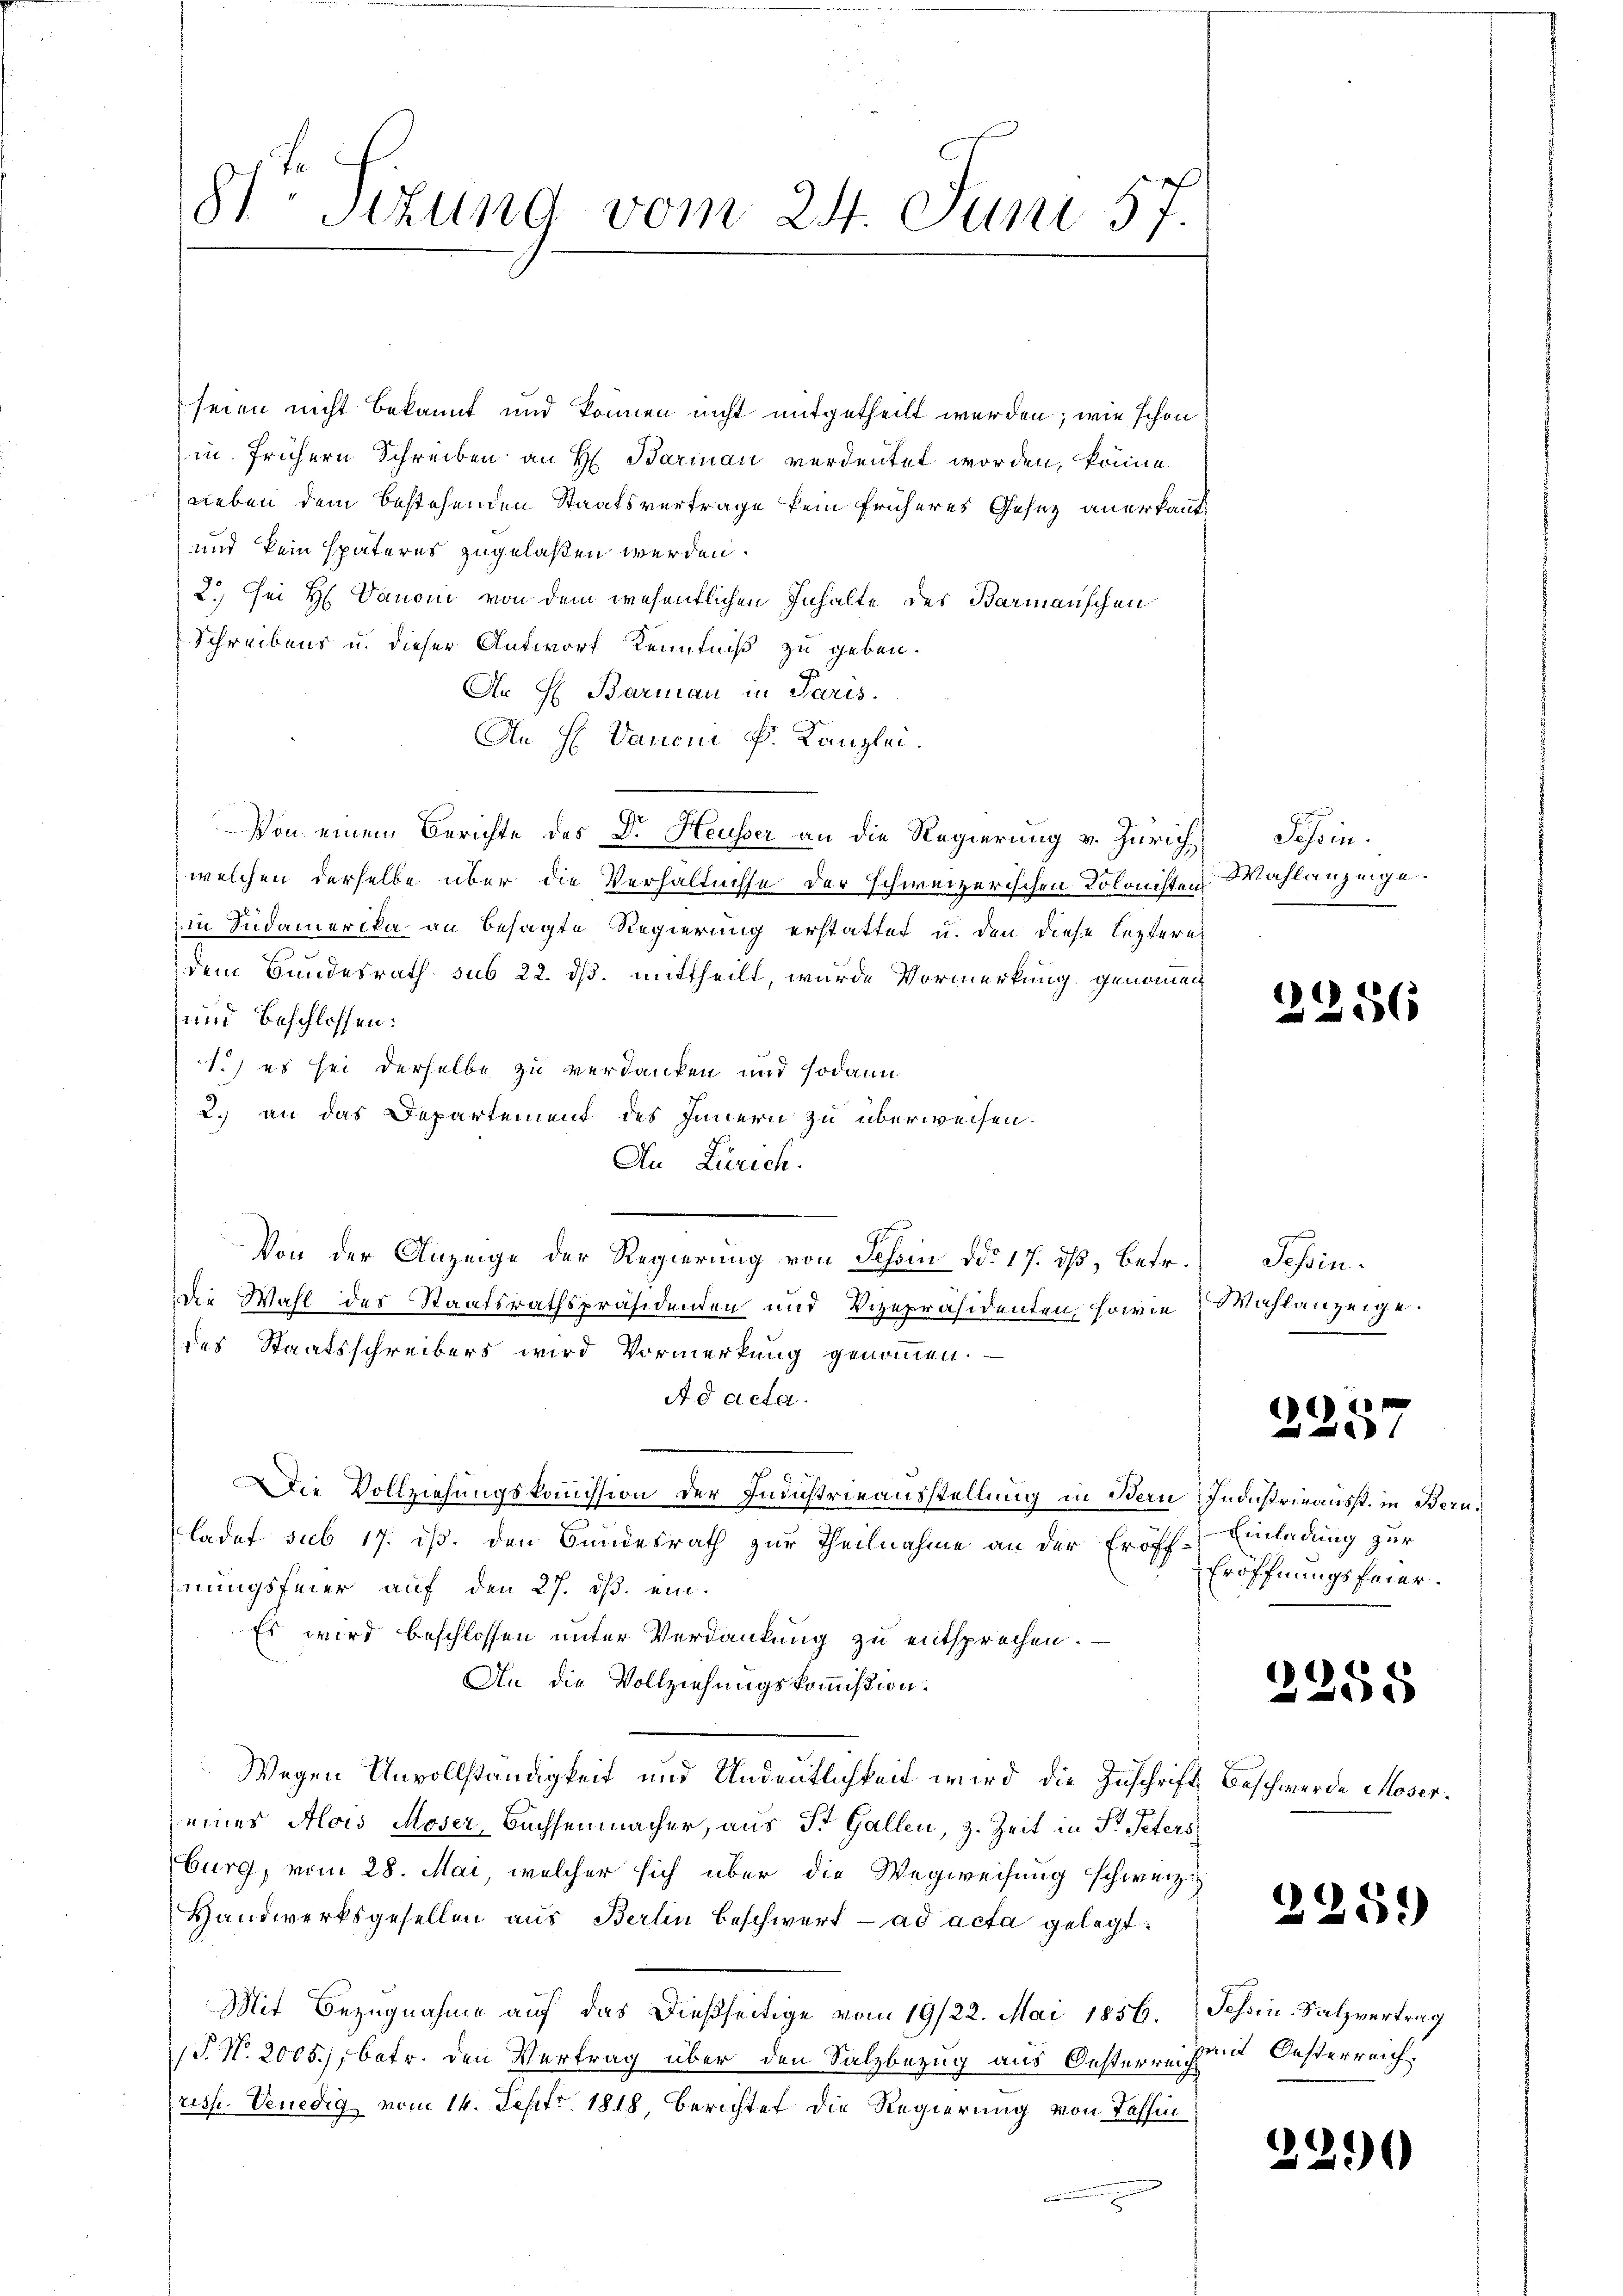
81 sizung vom 24. Juni 57.

seien nicht bekannt und können nicht mitgetheilt werden; wie schon
in frühern Schreiben an H. Barian verdeutet worden, könne
neben dem bestehenden Staatsvertrage kein früheres Gesez anerkannt
und kein späteres zugelaßen werden.
2.) Sei H. Danoni von dem wesentlichen Inhalte des Barmanschen
Schreibens u. dieser Antwort Kenntniß zu geben.
An H. Barman in Paris.
An H. Danoni k. Kanzlei.
Von einem Berichte des Dr. Heusser an die Regierung v. Zürichwelchen derselbe über die Verhältnisse der schweizerischen Kolonisten
in Südamerika an besagte Regierung erstattet u. den diese leztere
dem Bundesrath sub 22. ds. mittheilt, wurde Vormerkung genommen
und beschlossen:
1.) es sei derselbe zu verdanken und sodann
2.) an das Departement des Innern zu überweisen.
An Zürich.
Die Wahl des Staatsrathspräsidenden und Vizepräsidenten, sowie Wahlanzeige.
des Staatsschreibers wird Vormerkung genommen.
Ad acta.
Die Vollziehungskommission der Finstrieausstellung in Bern Industrieausst. in Bern,
ladet sub 17. ds. den Bundesrath zur Theilnahme an der Eröff-Einladung zur
hnungsfeier auf den 27. ds. ein-
Es wird beschlossen unter Verdankung zu entsprechen.
An die Vollziehungskommißion.
Wegen Unvollständigkeit und Andeutlichkeit wird die Zuschrift
eines Alois Moser, Bachsenmacher, aus St. Gallen, z. Zeit in St. Peters
burg, vom 28. Mai, welcher sich über die Wegweisung schweiz.
Handwerksgesellen aus Berlin beschwert ad acta gelegt:
Mit Bezugnahme auf das dießseitige vom 19/22. Mai 1856. Schwin-Salzvertrag
T. N. 2005), betr. den Vertrag über den Salzbezug aus Oesterreichs
risse. Venedig vom 14. Sept. 1818, Berichtet die Regierung von Tessin,
u

Von der Anzeige der Regierung von Tessin ddo 17. dß, Betr. Tessin¬

Tessin.
Wahlanzeige.

2256

l
e

Eröffnungsfeier.

2258

Beschwerde Moser.

3359

mit Oesterreich

329